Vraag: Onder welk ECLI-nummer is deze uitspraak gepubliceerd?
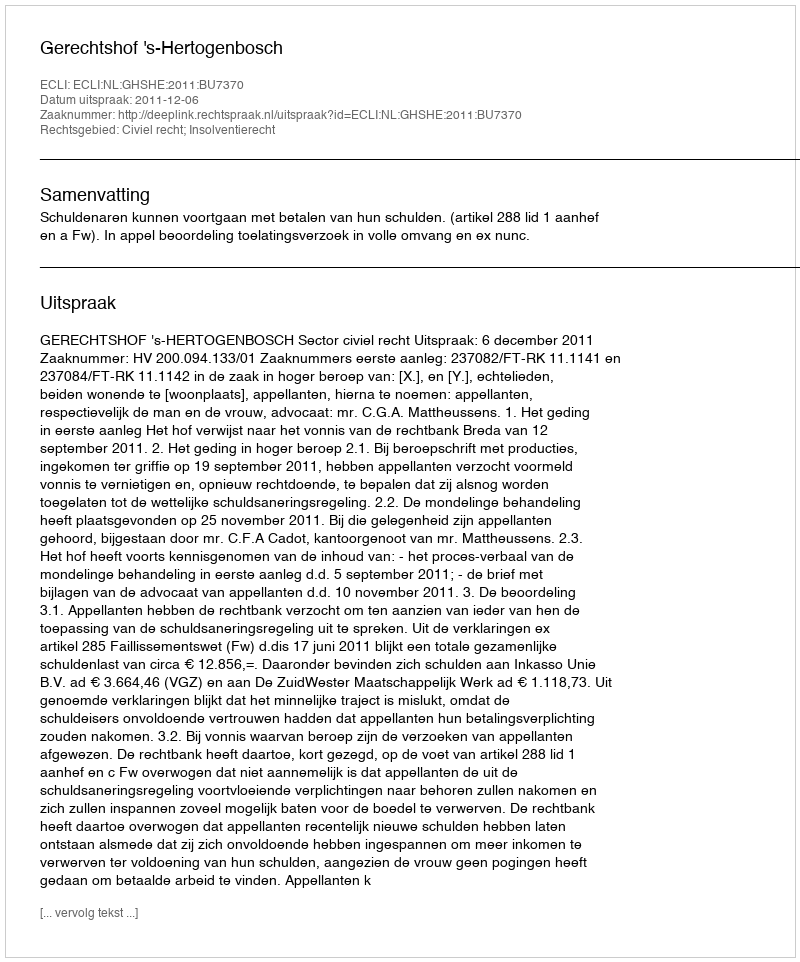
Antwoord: ECLI:NL:GHSHE:2011:BU7370